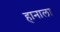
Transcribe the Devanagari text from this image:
हानाला